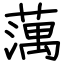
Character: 蕅